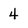
Character: 4